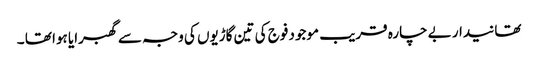
تھانیدار بے چارہ قریب موجود فوج کی تین گاڑیوں کی وجہ سے گھبرایا ہوا تھا ۔